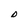
Character: D